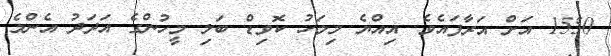
1550 އަށް އަރާފައެވެ. އިއްޔެ މިމަހު ކޮވިޑް ބަލި މީހުންގެ އަދަދު އެންމެ